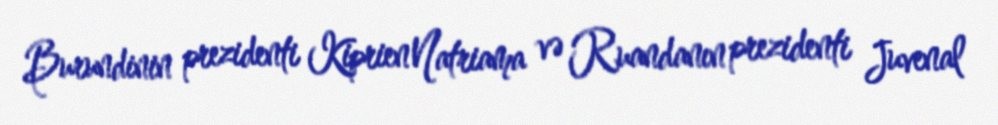
Burundinin prezidenti Kiprien Natriama və Ruandanın prezidenti Juvenal